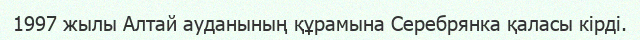
1997 жылы Алтай ауданының құрамына Серебрянка қаласы кiрдi.